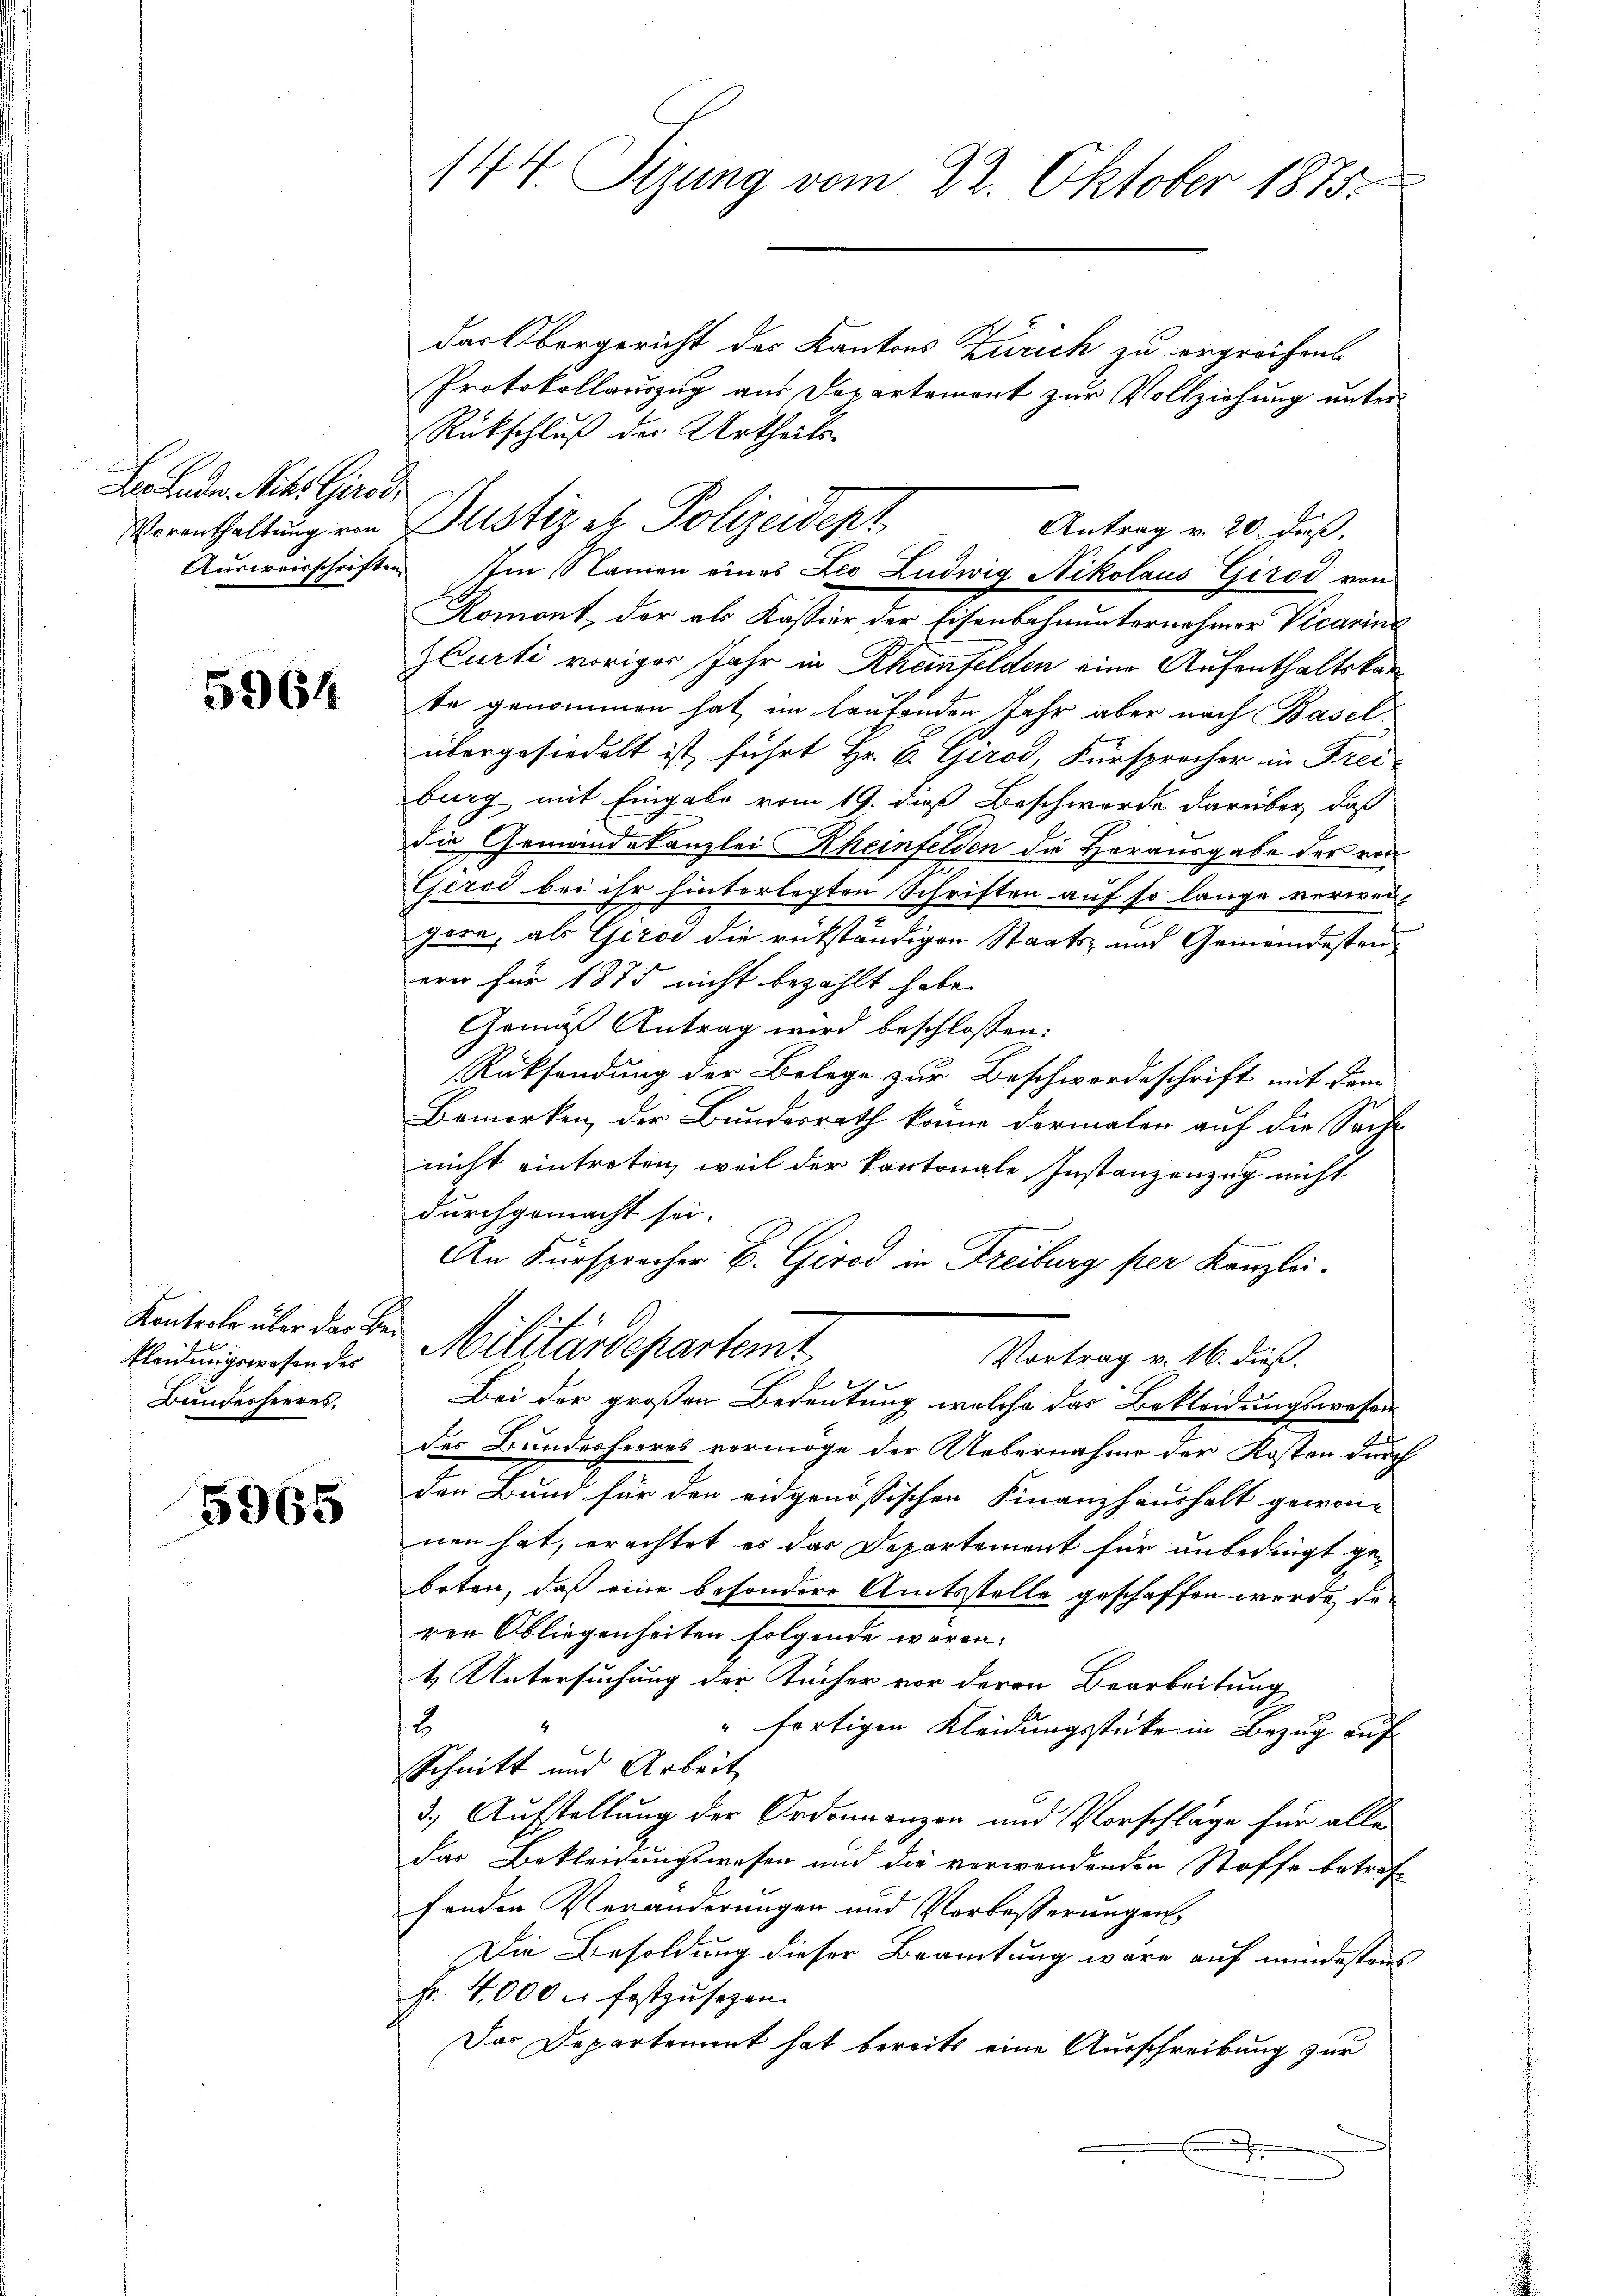
H. Ende Nit. Girod,

5964

Kontrole über das Bekleidungswesen des
Bundesheeres,

5965

144. Sizung vom 22. Oktober 1875.

darObergericht des Kantons Zürich zu ergrechen
Protokollauszug aus Departement zur Vollziehung unter
Rückschluß der Urtheils
Antrag v. 20. daß.
Ausweisschriften Im Namen eines Leo Ludwig Nikolaus Girod von
Romont, der als Kassier der Eisenbahnunternehmer Vicarini
ZCurti voriges Jahr in Rhenfelden eine Aufenthaltskante genommen hat im Laufenden Jahr aber nach Basel
übergesiedelt ist, führt Hr. B. Girod, Fürsprecher in Frei
burg mit Eingabe vom 19. dieß Beschwerde darüber, daß
die Gemeindekanzlei Rheinfelden die Herausgabe der von
Gerod bei ihr hinterlegten Schriften auf so lange verweigern, als Giro die rükständigen Staats- und Gemeindestenern für 1875 nicht bezahlt habe.
Gemäß Antrag wird beschlossen:
Rücksendung der Belege zur Beschwordeschrift mit dem
Bemerken, der Bundesrath könne dermalen auf die Sache
nicht eintreten, weil der kantonale Instanzenzug nicht
durchgemacht sei.
An Fürsprocher B. Girod in Freiburg per Kanzlei.
Militärdepartemt
Vortrag v. 16. dieß.
Bei der großen Bedeutung, welche das Bekleidungswesen
des Bundesheeres vermöge der Uebernahme der Kosten durch
den Bund für den eidgenössischen Finanzhaushalt gewon-
nen hat, erachtet es das Departement für unbedingt geboten, daß eine besondere Amtsstelle geschaffen werde, den
ren Obliegenheiten folgende waren:
1. Untersuchung der Tücher vor deren Bearbeitung
18
" fertigen Kleidungsstücke in Bezug auf
Schnitt und Arbeit
3.) Aufstellung der Ordonnanzen und Vorschläge für alle
das Bekleidungswesen und die verwendenden Stoffe betref-
fenden Veränderungen und Verbesserungen,
Die Besoldung dieser Beamtung wäre auf mindestens
Fr. 4000 u. festzŭsezen.
Das Departement hat bereits eine Ausschreibung zur

Vorenthaltung von Justiz es Polizeidept